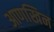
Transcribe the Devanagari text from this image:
आणखिन